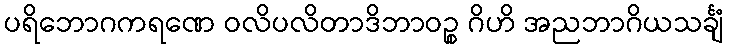
ပရိဘောဂကရဏေ ဝလိပလိတာဒိဘာဝဉ္စ ဂိဟိ အညဘာဂိယသင်္ချံ